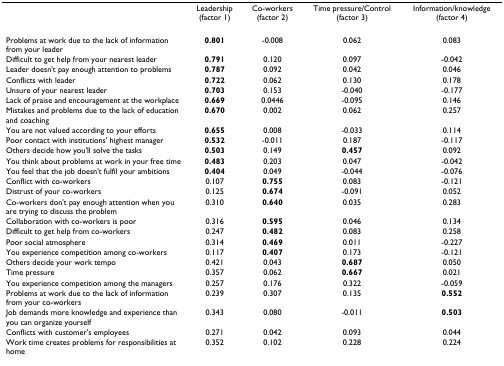
<table><thead><tr><td></td><td><b>Leadership (factor 1)</b></td><td><b>Co-workers (factor 2)</b></td><td><b>Time pressure/Control (factor 3)</b></td><td><b>Information/knowledge (factor 4)</b></td></tr></thead><tbody><tr><td>Problems at work due to the lack of information from your leader</td><td><b>0.801</b></td><td>-0.008</td><td>0.062</td><td>0.083</td></tr><tr><td>Difficult to get help from your nearest leader</td><td><b>0.791</b></td><td>0.120</td><td>0.097</td><td>-0.042</td></tr><tr><td>Leader doesn&#x27;t pay enough attention to problems</td><td><b>0.787</b></td><td>0.092</td><td>0.042</td><td>0.046</td></tr><tr><td>Conflicts with leader</td><td><b>0.722</b></td><td>0.062</td><td>0.130</td><td>0.178</td></tr><tr><td>Unsure of your nearest leader</td><td><b>0.703</b></td><td>0.153</td><td>-0.040</td><td>-0.177</td></tr><tr><td>Lack of praise and encouragement at the workplace</td><td><b>0.669</b></td><td>0.0446</td><td>-0.095</td><td>0.146</td></tr><tr><td>Mistakes and problems due to the lack of education and coaching</td><td><b>0.670</b></td><td>0.002</td><td>0.062</td><td>0.257</td></tr><tr><td>You are not valued according to your efforts</td><td><b>0.655</b></td><td>0.008</td><td>-0.033</td><td>0.114</td></tr><tr><td>Poor contact with institutions&#x27; highest manager</td><td><b>0.532</b></td><td>-0.011</td><td>0.187</td><td>-0.117</td></tr><tr><td>Others decide how you&#x27;ll solve the tasks</td><td><b>0.503</b></td><td>0.149</td><td><b>0.457</b></td><td>0.092</td></tr><tr><td>You think about problems at work in your free time</td><td><b>0.483</b></td><td>0.203</td><td>0.047</td><td>-0.042</td></tr><tr><td>You feel that the job doesn&#x27;t fulfil your ambitions</td><td><b>0.404</b></td><td>0.049</td><td>-0.044</td><td>-0.076</td></tr><tr><td>Conflict with co-workers</td><td>0.107</td><td><b>0.755</b></td><td>0.083</td><td>-0.121</td></tr><tr><td>Distrust of your co-workers</td><td>0.125</td><td><b>0.674</b></td><td>-0.091</td><td>0.052</td></tr><tr><td>Co-workers don&#x27;t pay enough attention when you are trying to discuss the problem</td><td>0.310</td><td><b>0.640</b></td><td>0.035</td><td>0.283</td></tr><tr><td>Collaboration with co-workers is poor</td><td>0.316</td><td><b>0.595</b></td><td>0.046</td><td>0.134</td></tr><tr><td>Difficult to get help from co-workers</td><td>0.247</td><td><b>0.482</b></td><td>0.083</td><td>0.258</td></tr><tr><td>Poor social atmosphere</td><td>0.314</td><td><b>0.469</b></td><td>0.011</td><td>-0.227</td></tr><tr><td>You experience competition among co-workers</td><td>0.117</td><td><b>0.407</b></td><td>0.173</td><td>-0.121</td></tr><tr><td>Others decide your work tempo</td><td>0.421</td><td>0.043</td><td><b>0.687</b></td><td>0.050</td></tr><tr><td>Time pressure</td><td>0.357</td><td>0.062</td><td><b>0.667</b></td><td>0.021</td></tr><tr><td>You experience competition among the managers</td><td>0.257</td><td>0.176</td><td>0.322</td><td>-0.059</td></tr><tr><td>Problems at work due to the lack of information from your co-workers</td><td>0.239</td><td>0.307</td><td>0.135</td><td><b>0.552</b></td></tr><tr><td>Job demands more knowledge and experience than you can organize yourself</td><td>0.343</td><td>0.080</td><td>-0.011</td><td><b>0.503</b></td></tr><tr><td>Conflicts with customer&#x27;s employees</td><td>0.271</td><td>0.042</td><td>0.093</td><td>0.044</td></tr><tr><td>Work time creates problems for responsibilities at home</td><td>0.352</td><td>0.102</td><td>0.228</td><td>0.224</td></tr></tbody></table>